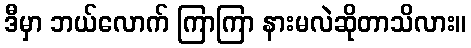
ဒီမှာ ဘယ်လောက် ကြာကြာ နားမလဲဆိုတာသိလား။